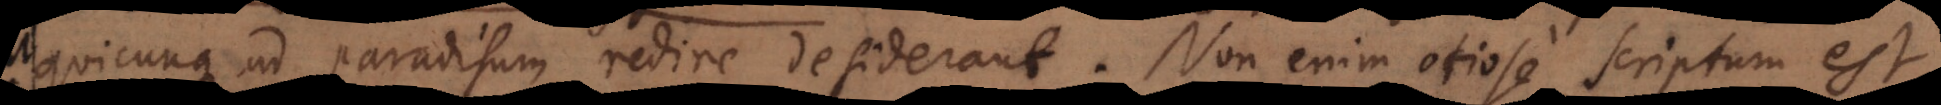
quicunque ad paradisum redire desiderant. Non enim otiose scriptum est